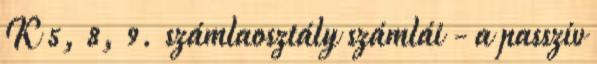
K 5, 8, 9. számlaosztály számlái - a passzív